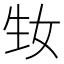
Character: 𤯕